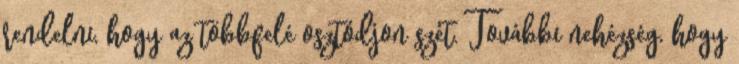
rendelni, hogy az többfelé osztódjon szét. További nehézség, hogy